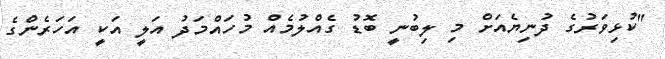
"ކުޅިވަރުގެ ދުނިޔެއަށް މި ލިބުނީ ބޮޑު ގެއްލުމެއް މުހައްމަދު އަލީ އަކީ އަހަރެންގެ